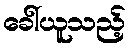
ခေါ်ယူသည့်